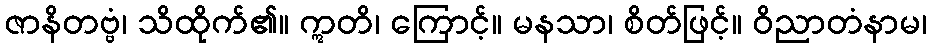
ဇာနိတဗ္ဗံ၊ သိထိုက်၏။ ဣတိ၊ ကြောင့်။ မနသာ၊ စိတ်ဖြင့်။ ဝိညာတံနာမ၊